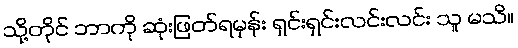
သို့တိုင် ဘာကို ဆုံးဖြတ်ရမှန်း ရှင်းရှင်းလင်းလင်း သူ မသိ။